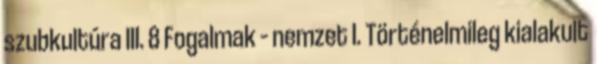
szubkultúra III. 8 Fogalmak – nemzet I. Történelmileg kialakult